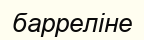
барреліне